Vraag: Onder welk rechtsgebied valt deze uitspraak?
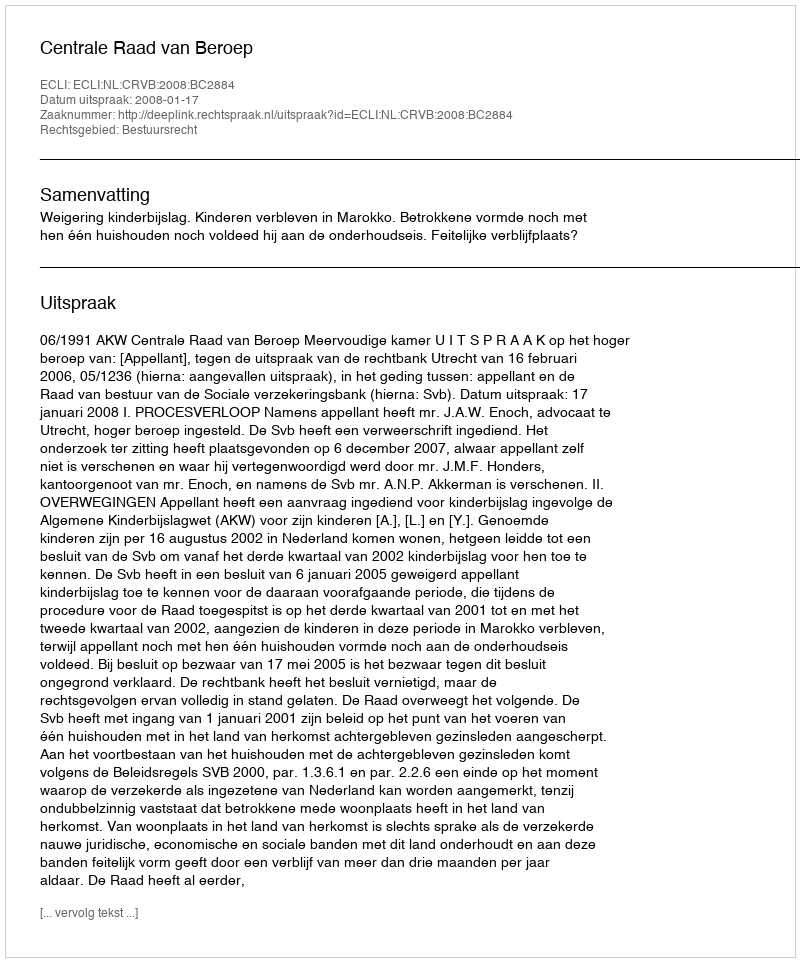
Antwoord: Bestuursrecht